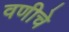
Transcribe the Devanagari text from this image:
वणीचे